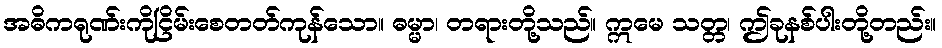
အဓိကရုဏ်းကိုငြိမ်းစေတတ်ကုန်သော။ ဓမ္မာ၊ တရားတို့သည်။ ဣမေ သတ္တ၊ ဤခုနစ်ပါးတို့တည်း။